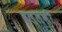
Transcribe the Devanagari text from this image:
बल्‍लभी